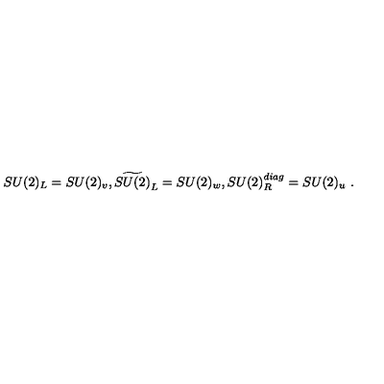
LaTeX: S U ( 2 ) _ { L } = S U ( 2 ) _ { v } , \widetilde { S U ( 2 ) } _ { L } = S U ( 2 ) _ { w } , S U ( 2 ) _ { R } ^ { d i a g } = S U ( 2 ) _ { u } \ .